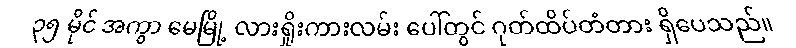
၃၅ မိုင် အကွာ မေမြို့ လားရှိုးကားလမ်း ပေါ်တွင် ဂုတ်ထိပ်တံတား ရှိပေသည်။